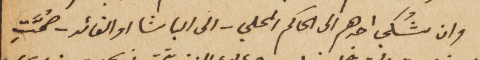
وان شُكي احدهم الى الحاكم المحلي – الى الباشا او القائد – صُمَّتِ